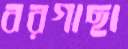
বরগাছা